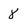
Character: 8